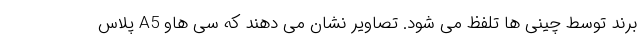
برند توسط چینی ها تلفظ می شود. تصاویر نشان می دهند که سی هاو A5 پلاس